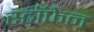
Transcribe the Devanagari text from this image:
स्टॉफेन